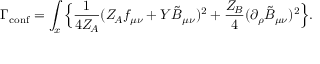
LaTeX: \Gamma _ { \mathrm { c o n f } } = \int _ { x } \Big \{ \frac { 1 } { 4 Z _ { \! A } } ( Z _ { \! A } f _ { \mu \nu } + Y \tilde { B } _ { \mu \nu } ) ^ { 2 } + \frac { Z _ { \! B } } { 4 } ( \partial _ { \rho } \tilde { B } _ { \mu \nu } ) ^ { 2 } \Big \} .